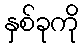
နှစ်ခုကို